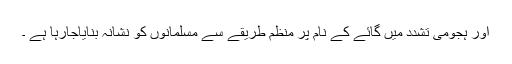
اور ہجومی تشدد میں گائے کے نام پر منظم طریقے سے مسلمانوں کو نشانہ بنایاجارہا ہے ۔